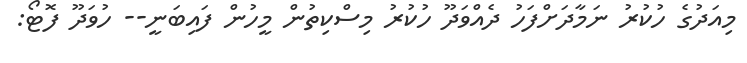
މިއަދުގެ ހުކުރު ނަމާދަށްފަހު ދެއްވަދޫ ހުކުރު މިސްކިތުން މީހުން ފައިބަނީ-- ހުވަދޫ ފޮޓޯ: